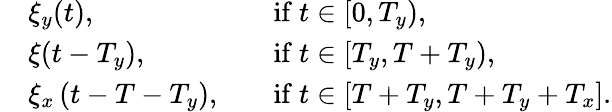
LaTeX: \begin{array}{rlrl}&{\xi_{y}(t),}&&{\mathrm{if~}t\in[0,T_{y}),}\\ &{\xi(t-T_{y}),}&&{\mathrm{if~}t\in[T_{y},T+T_{y}),}\\ &{\xi_{x}\left(t-T-T_{y}\right),}&&{\mathrm{if~}t\in[T+T_{y},T+T_{y}+T_{x}].}\end{array}